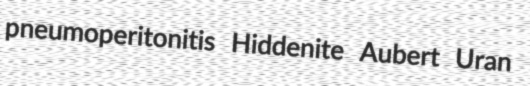
pneumoperitonitis Hiddenite Aubert Uran